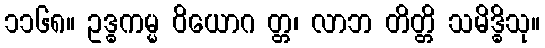
၁၁၆၈။ ဥဒ္ဓကမ္မ ဝိယောဂ တ္တ၊ လာဘ တိတ္တိ သမိဒ္ဓိသု။